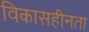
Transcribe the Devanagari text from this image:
विकासहीनता